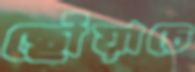
ছোঁয়াচে